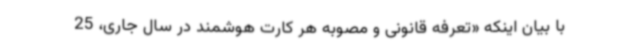
با بیان اینکه «تعرفه قانونی و مصوبه هر کارت هوشمند در سال جاری، 25